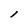
Character: l